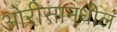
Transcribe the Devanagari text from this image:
ओरीसामधील